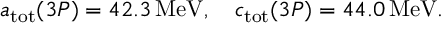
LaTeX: a _ { \mathrm { t o t } } ( 3 P ) = 4 2 . 3 \, \mathrm { M e V } , \quad c _ { \mathrm { t o t } } ( 3 P ) = 4 4 . 0 \, \mathrm { M e V } .